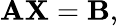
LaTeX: \mathbf{AX}=\mathbf{B},